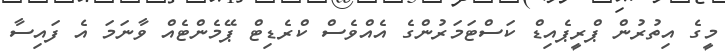
މީގެ އިތުރުން ޕްރީޕެއިޑް ކަސްޓަމަރުންގެ އެއްވެސް ކްރެޑިޓް ޕޭމެންޓެއް ވާނަމަ އެ ފައިސާ